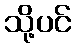
သို့ပင်